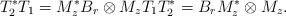
LaTeX: \begin{align*}T_2^*T_1= M_z^*B_r \otimes M_z T_1 T_2^*= B_r M_z^* \otimes M_z. \end{align*}